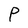
Character: P